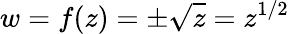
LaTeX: w=f(z)=\pm{\sqrt{z}}=z^{1/2}